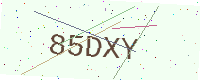
Text: 85DXY